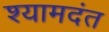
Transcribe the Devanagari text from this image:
श्यामदंत